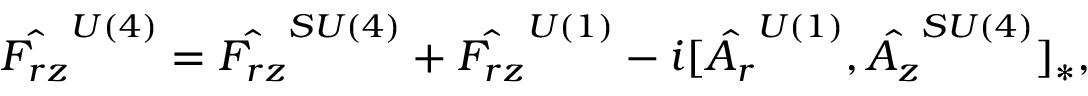
\hat { F _ { r z } } ^ { U ( 4 ) } = \hat { F _ { r z } } ^ { S U ( 4 ) } + \hat { F _ { r z } } ^ { U ( 1 ) } - i [ \hat { A _ { r } } ^ { U ( 1 ) } , \hat { A _ { z } } ^ { S U ( 4 ) } ] _ { * } ,